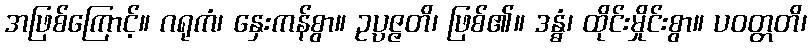
အဖြစ်ကြောင့်။ ဂရုကံ၊ နှေးကန်စွာ။ ဥပ္ပဇ္ဇတိ၊ ဖြစ်၏။ ဒန္ဓံ၊ ထိုင်းမှိုင်းစွာ။ ပဝတ္တတိ၊